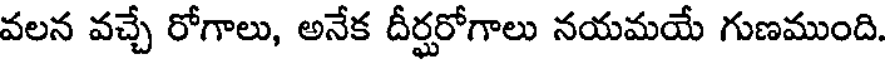
వలన వచ్చే రోగాలు, అనేక దీర్టరోగాలు నయమయే గుణముంది.